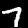
Digit: 7